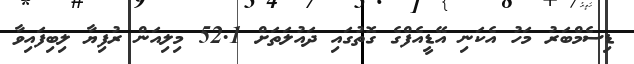
ޑިސެމްބަރު މަހު އެކަނި އޭޑީއެފްގެ ގޮތުގައި ދައުލަތަށް 52.1 މިލިއަން ރުފިޔާ ލިބިފައިވާ